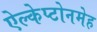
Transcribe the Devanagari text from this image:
ऐल्केप्टोनमेह